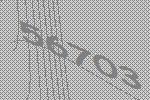
56703